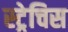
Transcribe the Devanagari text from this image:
स्ट्रेचिस